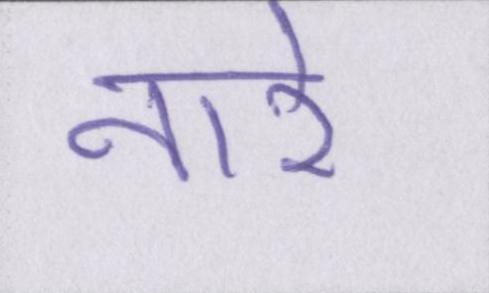
नारे